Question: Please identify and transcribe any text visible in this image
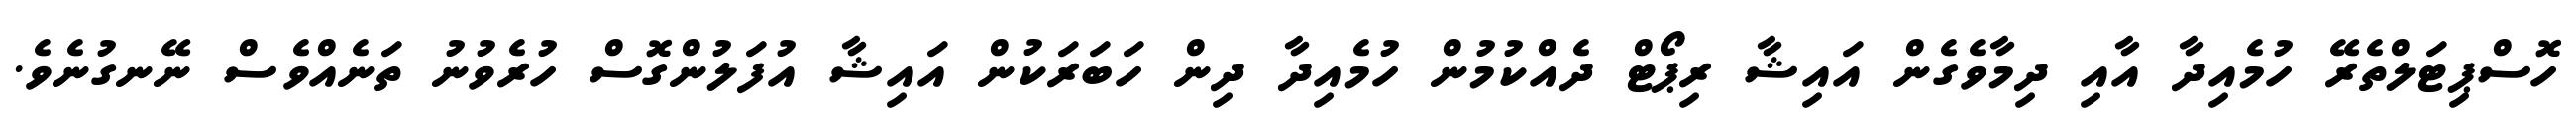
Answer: ހޮސްޕިޓަލްތެރޭ ހުމެއިދާ އާއި ދިމާވެގެން އައިޝާ ރިޕޯޓް ދެއްކުމުން ހުމެއިދާ ދިން ހަބަރަކުން އައިޝާ އުފަލުންގޮސް ހުރެވުނު ތަނެއްވެސް ނޭނގުނެވެ.